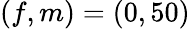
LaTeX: (f,m)=(0,50)